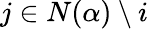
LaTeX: j\in N(\alpha)\setminus i